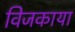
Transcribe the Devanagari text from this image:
विजकाया